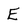
Character: E